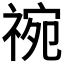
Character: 𬓅